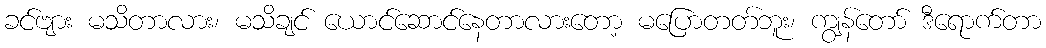
ခင်ဗျား မသိတာလား၊ မသိချင် ယောင်ဆောင်နေတာလားတော့ မပြောတတ်ဘူး၊ ကျွန်တော် ဒီရောက်တာ